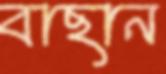
বাছান